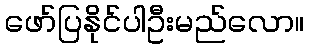
ဖော်ပြနိုင်ပါဦးမည်လော။